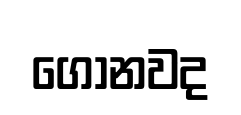
ගොනවද